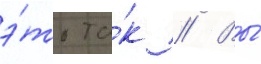
э́то та́к // Вы́